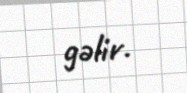
gəlir.